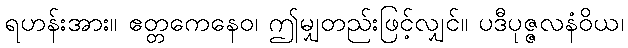
ရဟန်းအား။ ဧတ္တကေနေဝ၊ ဤမျှတည်းဖြင့်လျှင်။ ပဒီပုဇ္ဇလနံဝိယ၊